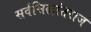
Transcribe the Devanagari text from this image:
सर्वसिद्धांतराज